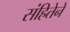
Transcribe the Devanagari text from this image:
संहितेने